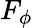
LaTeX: F_{\phi}